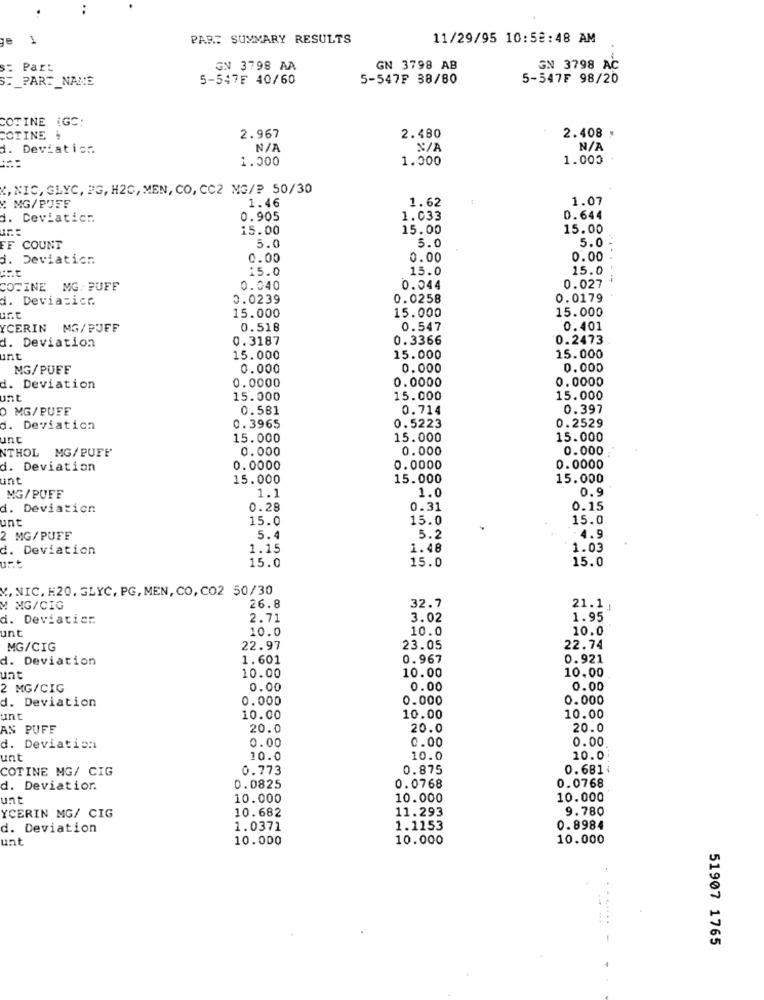
..
1
PAR: SUMMARY RESULTS
11/29/95 10:52:48 AM
Part
GN 3798 AA
GN 3798 AB
GN 3798 AC
.PART_NAME
5-547F 40/60
5-547F 38/80
5-547₣ 98/20
COTINE (GC:
2.408 ,
COTINE
2.967
2.480
d. Deviaticr.
1.000
1.000
1.000
(, NIC, GLYC, FG, H2C, MEN, CO, CC2 MG/₽ 50/30
Y MG/PUFF
1.46
1.07
1.62
d. Ceviaticr.
0.905
1.033
0.644
15.00
15.00
15.00
5.0
5.0
5.0
FF COUNT
d. Deviatic ..
0.00
0.00
0.00
:5.0
15.0
15.0
COTINE MG, BUFF
0.040
0.044
0.027
d. Devia:ich
0.0239
0.0258
0.0179
15.000
15.000
15.000
ur.t
YCERIN MG/PUFF
0.518
0.547
0.401
d. Deviation
0.3187
0.3366
0.2473
unt
15.000
15.000
15.000
MG/PUFF
0.000
0.000
0.000
0.0000
0.0000
0.0000
d. Deviation
unt
15.000
15.000
15.000
O MG/PUFE
0.581
0.714
0.397
0.5223
0.2529
d. Deviation
0.3965
unt
15.000
15.000
15.000
NTHOL MG/PUFF
0.000
0.000
0.000;
d. Deviation
0.0000
0.0000
0.0000
unt
15.000
15.000
15.000
1.1
1.0
0.9
MG/PUFF
d. Deviation
0.28
0.31
0.15
unt
15.0
15.0
15.0
2 MG/PUFF
5.4
5.2
. 4.9
d. Deviation
1.15
1.48
1.03
15.0
15.0
15.0
urt
V. NIC, H20. GLYC, PG, MEN, CO, CO2 50/30
M MG/CIG
26.8
32.7
21.1
d. Deviaticr
2.71
3.02
1.95
unt
10.0
10.0
10.0
MG/CIG
22.97
23.05
22.74
d. Deviation
1.601
0.967
0.921
10.00
10.00
10.00
unt
2 MG/CIG
0.00
0.00
0.00
d. Deviation
0.000
0.000
0.000
unt
10.00
10.00
10.00
AN PUFF
20.0
20.0
20.0
0.00
0.00
0.00
d. Deviation
Int
10.0
10.0
10.0
COTINE MG/ CIG
0.773
0.875
0.6814
0.0768
d. Deviatior.
0.0825
0.0768
unt
10.000
10.000
10.000
10.682
11.293
9.780
YCERIN MG/ CIG
d. Deviation
1.0371
1.1153
0.8984
unt
10.000
10.000
10.000
51907 1765